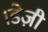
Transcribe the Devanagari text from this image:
।डेज़ी